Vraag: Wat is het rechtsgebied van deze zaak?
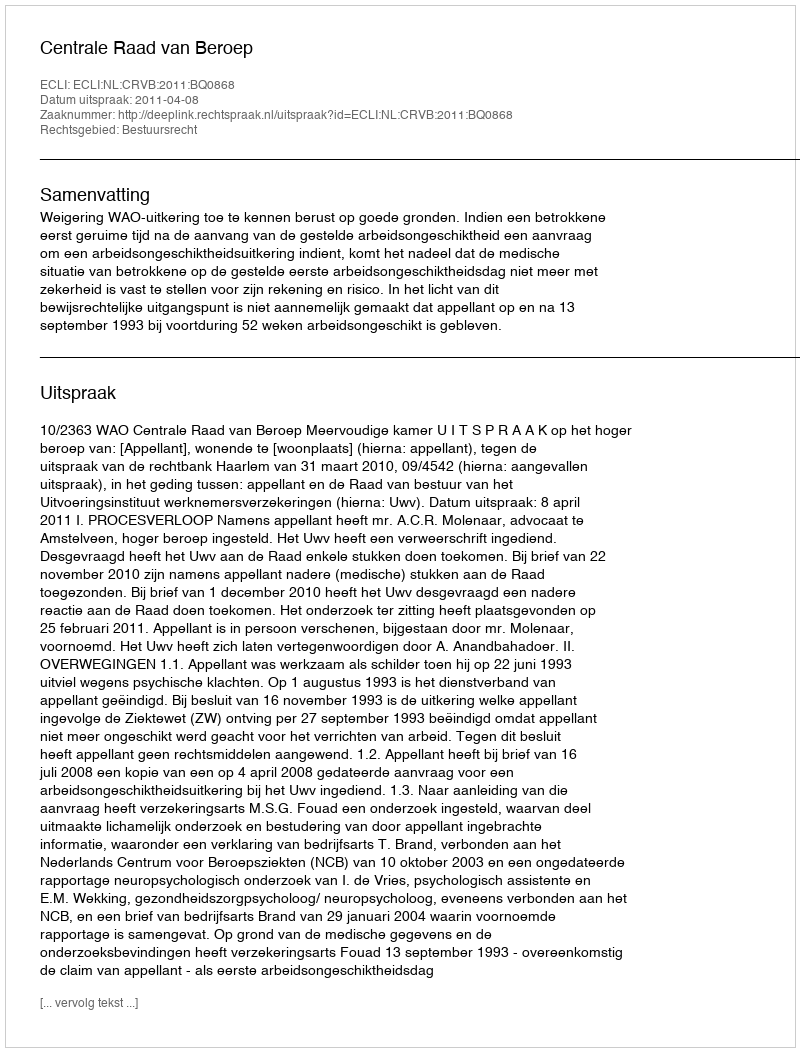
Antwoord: Bestuursrecht